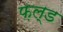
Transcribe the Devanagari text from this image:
फ़ल्ड